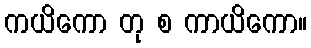
ကယိကော တု စ ကာယိကော။